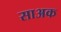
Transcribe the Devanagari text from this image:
साअक